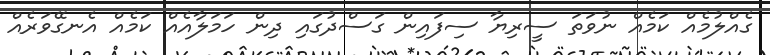
ގެއްލުމެއް ކަމެއް ނުވަތަ ސީރިޔާ ސިފައިން ގަސްދުގައި ދިން ހަމަލާއެއް ކަމެއް އެނގޭވަރެއް